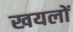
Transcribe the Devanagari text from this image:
खयलों